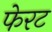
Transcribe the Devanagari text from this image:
फेरट